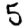
Digit: 5